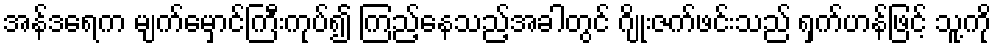
အန်ဒရေက မျက်မှောင်ကြီးကုပ်၍ ကြည့်နေသည့်အခါတွင် ဂျိုးဇက်ဖင်းသည် ရှက်ဟန်ဖြင့် သူ့ကို